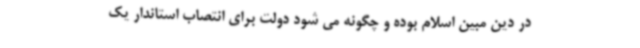
در دین مبین اسلام بوده و چگونه می شود دولت برای انتصاب استاندار یک